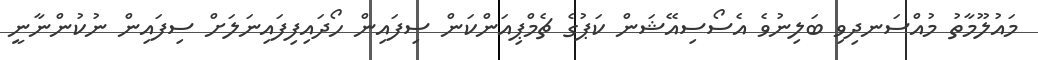
މައުލޫމާތު މުއްސަނދިވި ބަލިނުވެ އެސޯސިއޭޝަން ކަޕުގެ ޗެމްޕިއަންކަން ސިފައިން ހޯދައިފިފައިނަލަށް ސިފައިން ނުކުންނާނީ